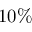
1 0 \%